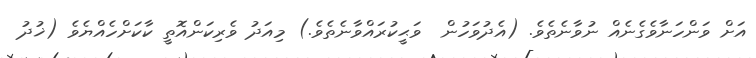
އަށް ވަންހަނާވެގެނެއް ނުވާނެތެވެ. (އެދުވަހުން  ވަޙީކުރައްވާނެތެވެ.) މިއަދު ވެރިކަންއޮތީ ކާކަށްހެއްޔެވެ (ޚުދު